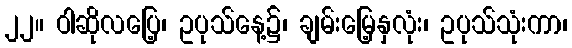
၂၂။ ဝါဆိုလပြေ့၊ ဥပုသ်နေ့၌၊ ချမ်းမြေ့နှလုံး၊ ဥပုသ်သုံးကာ၊